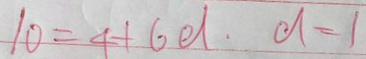
1 0 = 4 + 6 d . d = 1